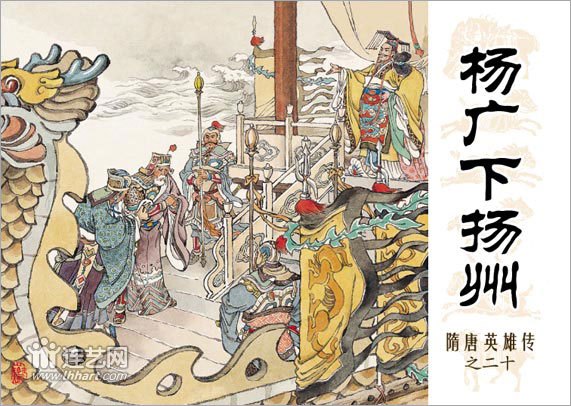
尽道隋亡为此河，至今千里赖通波。